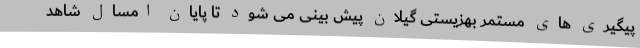
پیگیری های مستمر بهزیستی گیلان پیش بینی می شود تا پایان امسال شاهد